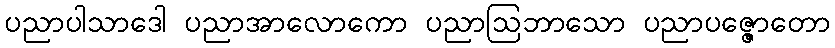
ပညာပါသာဒေါ ပညာအာလောကော ပညာဩဘာသော ပညာပဇ္ဇောတော